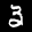
Label: 3